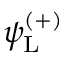
\psi _ { \mathrm { { L } } } ^ { ( + ) }